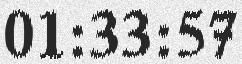
01:33:57